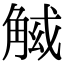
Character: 𧣱